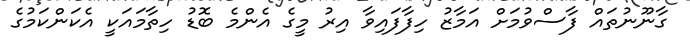
ގާނޫނުތައް ފާސްވުމަށް އަމާޒު ހިފާފައިވާ އިރު މީގެ އެންމެ ބޮޑު ހިތާމައަކީ އެކަންކަމުގެ